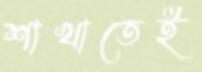
শাখাতেই